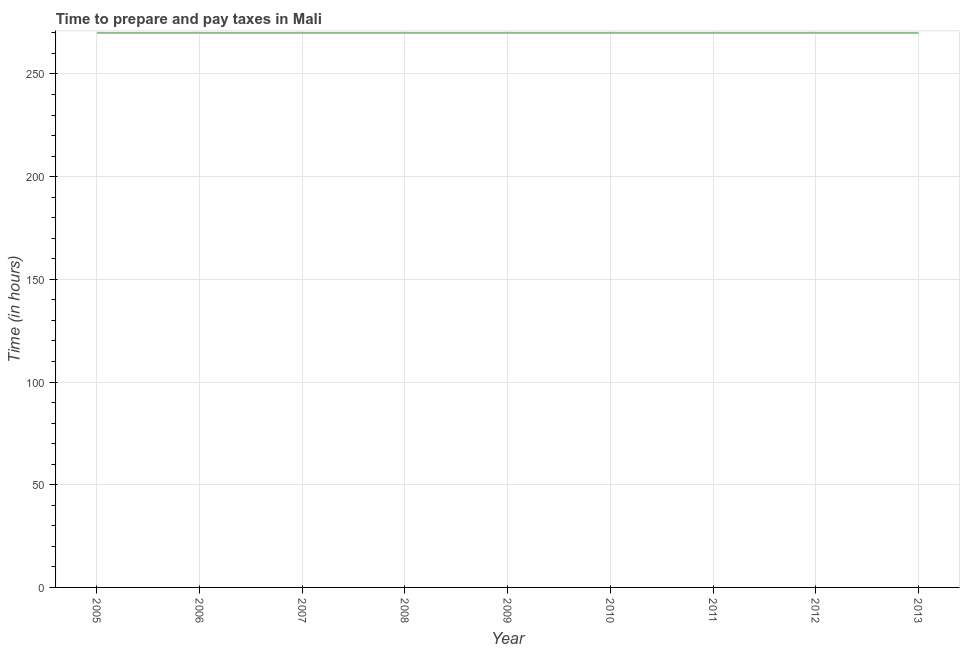
| Year | Time to prepare and pay taxes |
 | --- | --- |
 | 2005 | 270 |
 | 2006 | 270 |
 | 2007 | 270 |
 | 2008 | 270 |
 | 2009 | 270 |
 | 2010 | 270 |
 | 2011 | 270 |
 | 2012 | 270 |
 | 2013 | 270 |